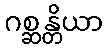
ဂစ္ဆန္တိယာ